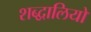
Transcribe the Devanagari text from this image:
शब्द्वालियों